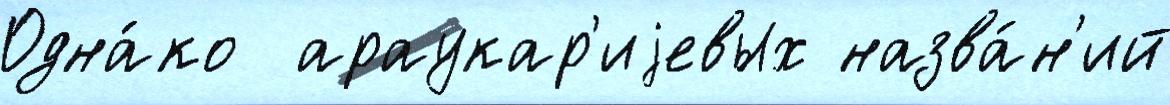
Одна́ко  араукар'иjевых назва́н'ий